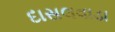
દાસલવાડા